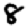
Digit: 8